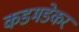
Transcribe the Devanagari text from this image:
कडमडेकर